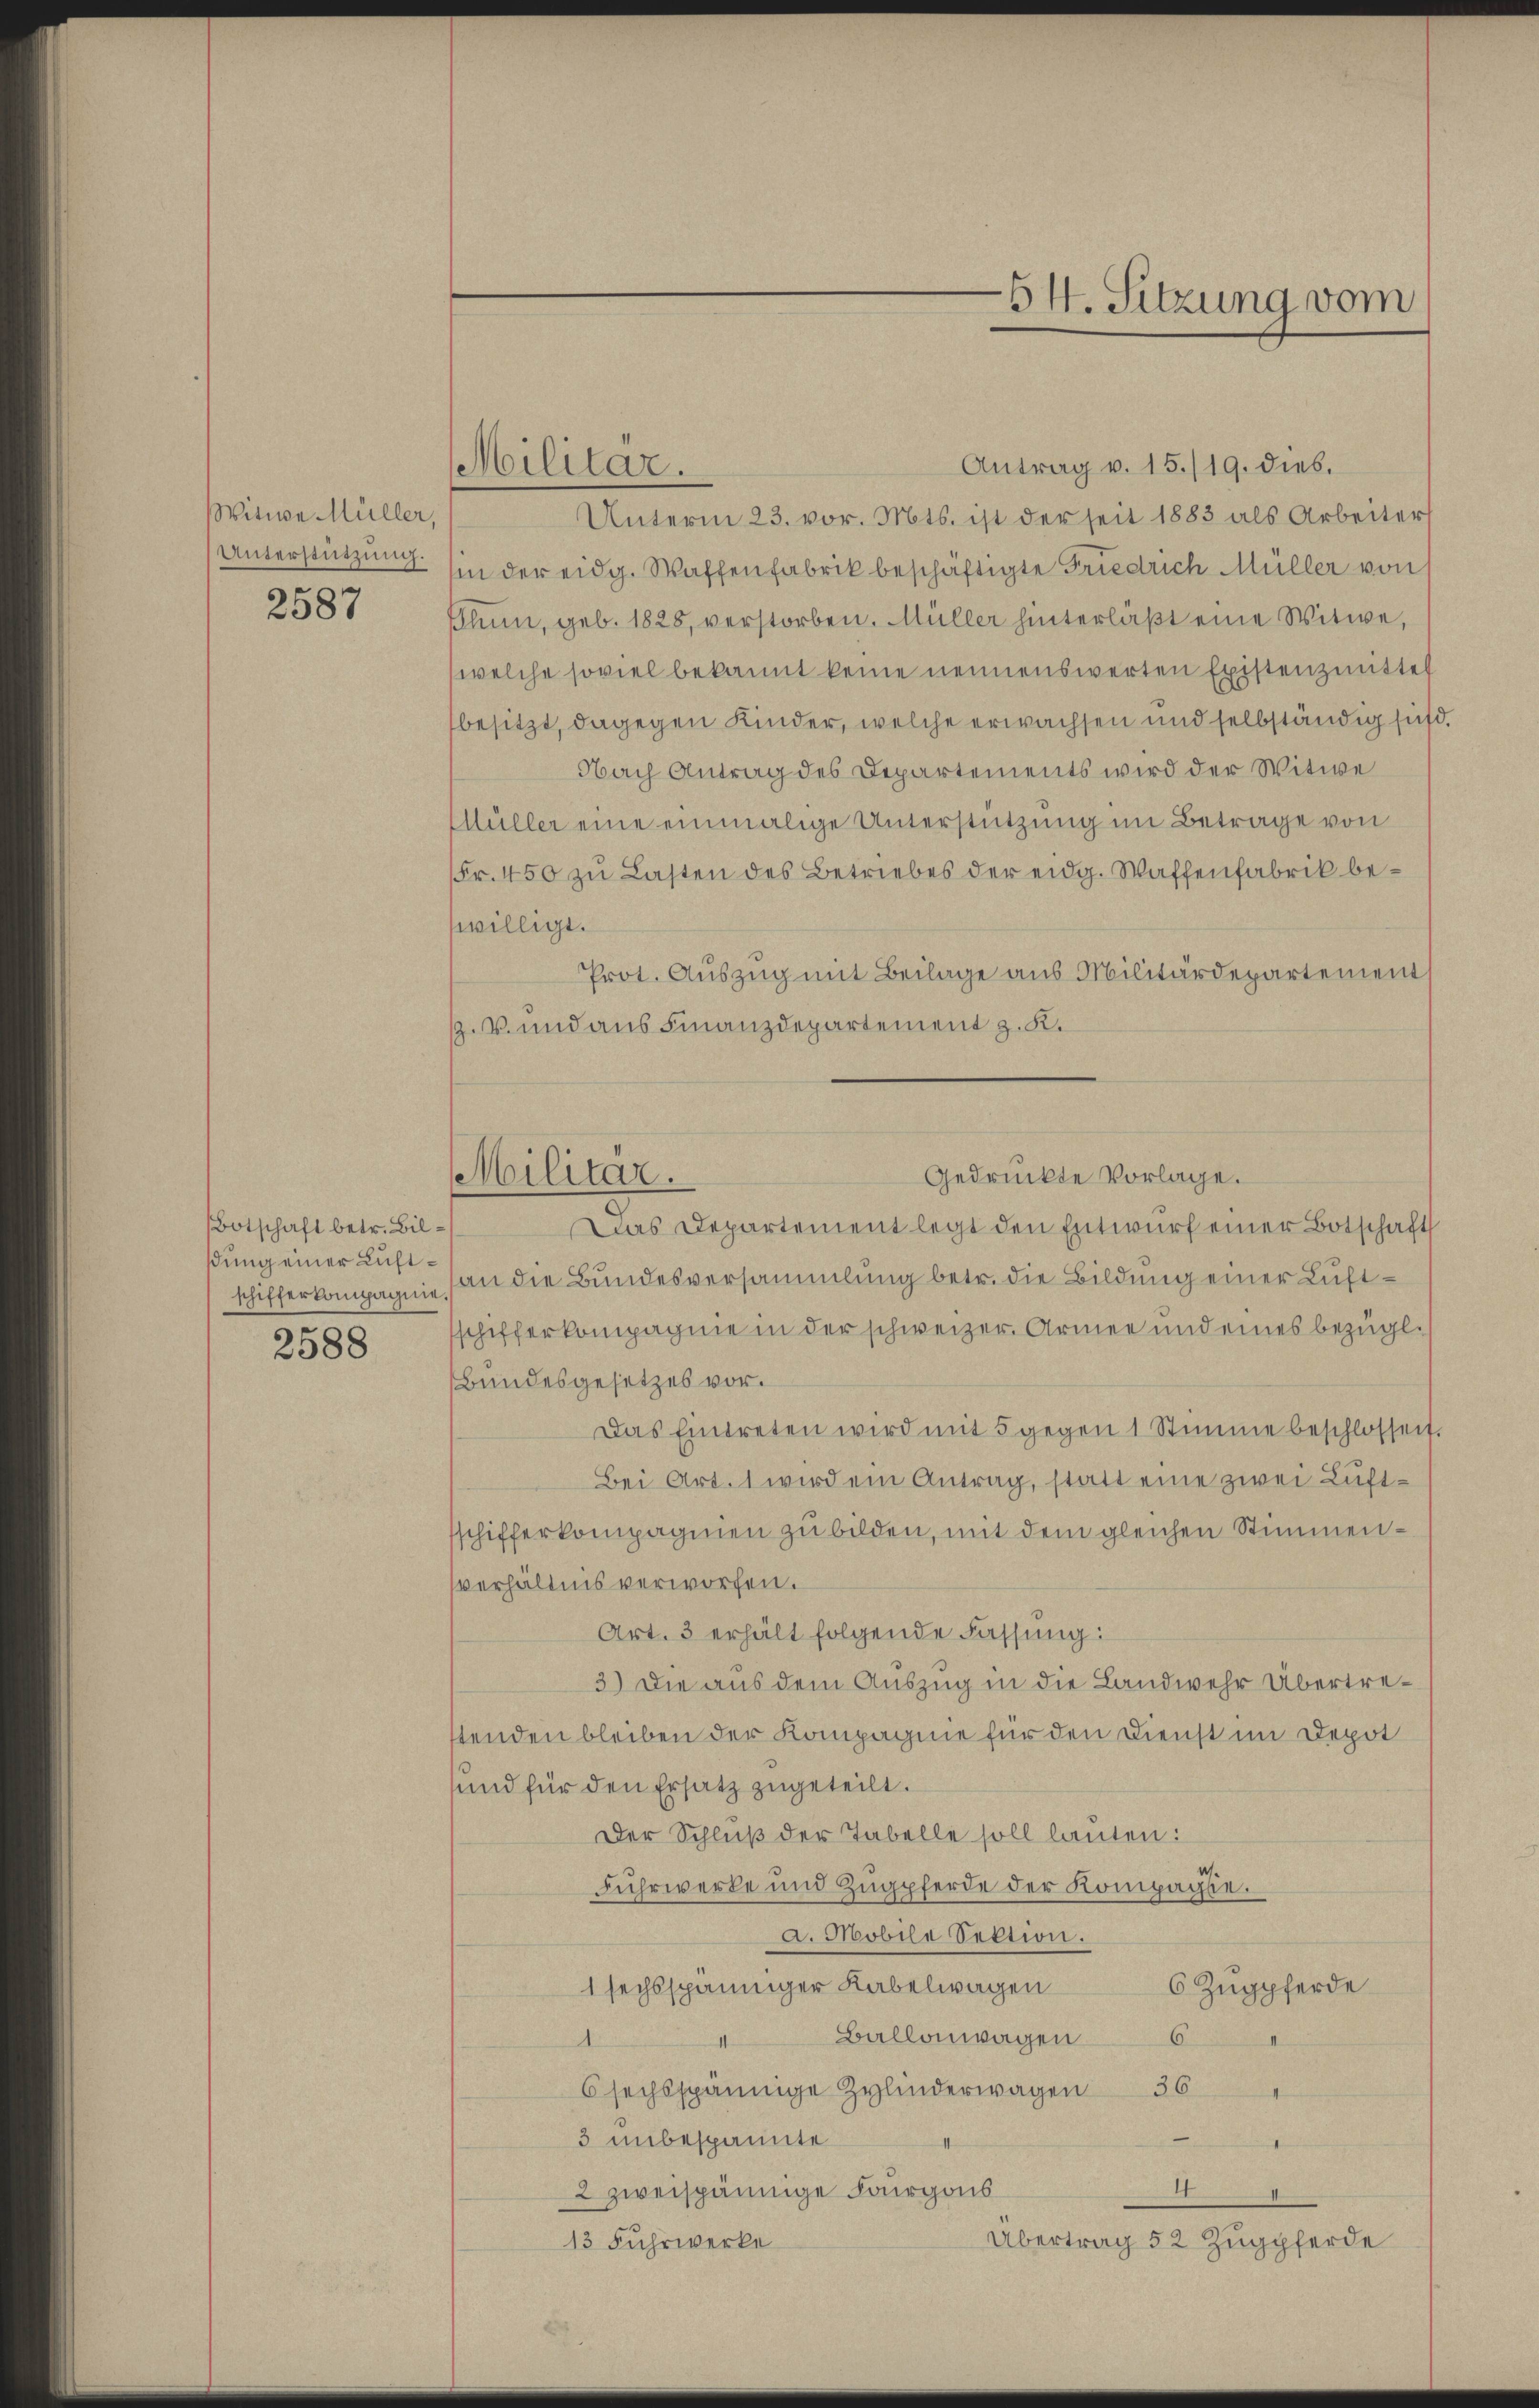
Witwe Müller,
Unterstützung.

2587

Botschaft betr. Bilßung einer Luftschifferkompagnie

2588

Antrag v. 15./19. dies.
Unterm 23. vor. Mts. ist der seit 1883 als Arbeiter
in der eidg. Waffenfabrik beschäftigte Friedrich Müller von
Phun, geb. 1828, verstorben. Müller hinterläβt eine Witwe,
welche soviel bekannt keine nennenswerten Existenzmittel
besitzt, dagegen Kinder, welche erwachsen und selbständig sich
Nach Antrag des Departements wird der Witwe
Müller eine einmalige Unterstützung im Betrage von
Fr. 450 zu Lasten des Betriebes der eidg. Waffenfabrik bewilligt.
Prot. Auszug mit Beilage aus Militärdepartement
.V. und aus Finanzdepartement z. K.
Gedrückte Vorlage.
Das Departement legt den Entwŭrf einer Botschaft
an die Bundesversammlung betr. die Bildung einer Luftschifferkompagnie in der schweizer. Armen und eines bezügl.)
Bundesgesetzes vor.
Das Eintreten wird mit 5 gegen 1 Stimme beschlossen
Bei Art. 1 wird ein Antrag, statt eine zwei Luftsschifferkompagnien zu bilden, mit dem gleichen Stimmensverhältnis verworfen.
Art. 3 erhält folgende Fassung:
3.) Die aus dem Auszug in die Landwehr Übertrestenden bleiben der Kompagnie für den Dienst im Depot
und für den Ersatz zugeteilt.
Der Schluß der Tabelle soll lauten:
Fuhrwerke und Zŭgpferde der Kompachte.
a. Mobile Sektion.
1 sechsspänniger Kabelwagen
6 Zugpferde
Ballonwagen
6
d
6 sechsspännige Zylinderwagen 36
3 unbespannte
t
I
2 zweispännige Fourgos
Übertrag 52 Zugpferde
13 Fuhrwerke

Militar.

Militär.

54. Sitzung vom